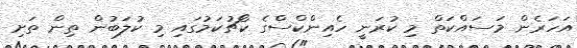
އަހަރެން މަސައްކަތް މި ކުރަނީ ހެއިންކްސްގެ ކޯޗުކަމުގައި މި ކުލަބުން ތިން ތަށި